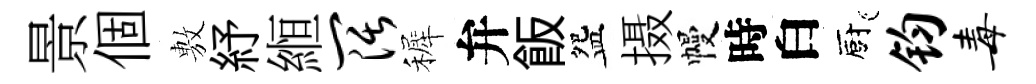
景個𢾾紓縆阔裤弁飯盌摄幔時白廚钧毒